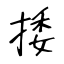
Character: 捼